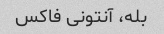
بله، آنتونی فاکس